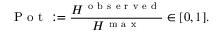
\mathrm { ~ P ~ o ~ t ~ } : = \frac { H ^ { \mathrm { ~ o ~ b ~ s ~ e ~ r ~ v ~ e ~ d ~ } } } { H ^ { \mathrm { ~ m ~ a ~ x ~ } } } \in [ 0 , 1 ] .